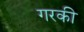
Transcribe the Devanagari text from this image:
गरकी